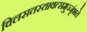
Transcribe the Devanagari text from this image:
विलसतस्तावत्समुज्जृंभते